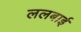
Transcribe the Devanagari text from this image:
ललबाई